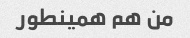
من هم همینطور